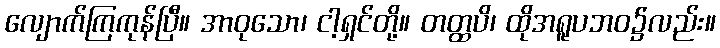
လျောက်ကြကုန်ပြီ။ အာဝုသော၊ ငါ့ရှင်တို့။ တတ္ထပိ၊ ထိုအရူပဘဝ၌လည်း။